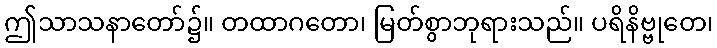
ဤသာသနာတော်၌။ တထာဂတော၊ မြတ်စွာဘုရားသည်။ ပရိနိဗ္ဗုတေ၊